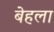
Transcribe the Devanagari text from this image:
बेहला